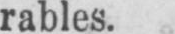
rables.